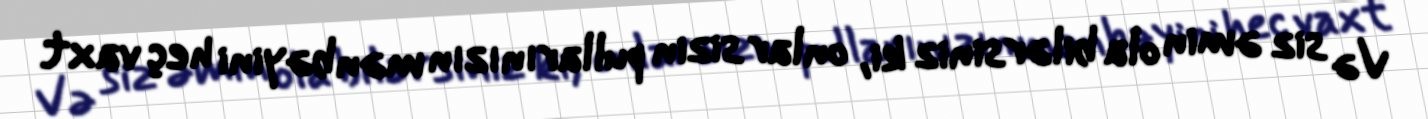
Və siz əmin ola bilərsiniz ki, onlar sizin pullarınızın mənbəyini heç vaxt